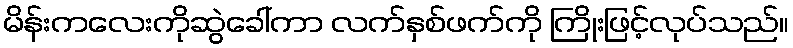
မိန်းကလေးကိုဆွဲခေါ်ကာ လက်နှစ်ဖက်ကို ကြိုးဖြင့်လုပ်သည်။